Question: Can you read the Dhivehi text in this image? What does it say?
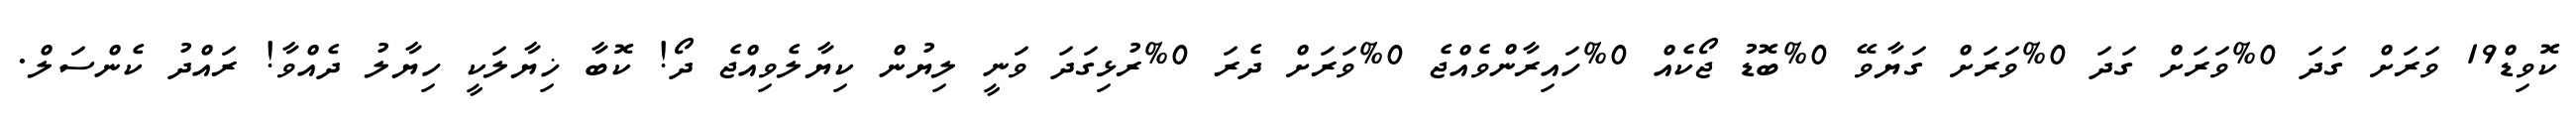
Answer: ކޮވިޑް19 ވަރަށް ގަދަ 0%ވަރަށް ގަދަ 0%ވަރަށް ގަޔާވޭ 0%ބޮޑު ޖޯކެއް 0%ހައިރާންވެއްޖެ 0%ވަރަށް ދެރަ 0%ރުޅިގަދަ ވަނީ ލިޔުން ކިޔާލެވިއްޖެ ދޯ! ކޮބާ ޚިޔާލަކީ ހިޔާލު ދެއްވާ! ރައްދު ކެންސަލް.